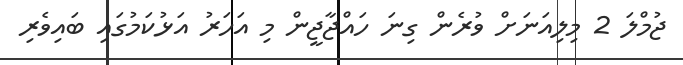
ޖުމްލަ 2 މިލިއަނަށް ވުރެން ގިނަ ހައްޖާޖީން މި އަހަރު އަޅުކަމުގައި ބައިވެރި